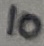
Text: 10